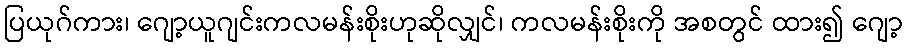
ပြယုဂ်ကား၊ ဂျော့ယူဂျင်းကလမန်းစိုးဟုဆိုလျှင်၊ ကလမန်းစိုးကို အစတွင် ထား၍ ဂျော့